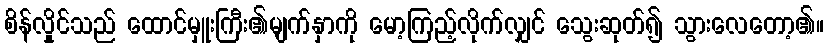
စိန်လှိုင်သည် ထောင်မှူးကြီး၏မျက်နှာကို မော့ကြည့်လိုက်လျှင် သွေးဆုတ်၍ သွားလေတော့၏။